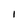
Character: I